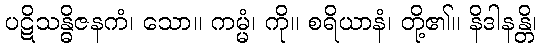
ပဋိသန္ဓိဇနကံ၊ သော။ ကမ္မံ၊ ကို။ စရိယာနံ၊ တို့၏။ နိဒါနန္တိ၊